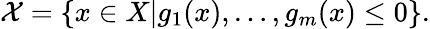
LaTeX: {\mathcal{X}}=\left\{ x\in X\vert g_{1}(x),\ldots,g_{m}(x)\leq 0\right\} .